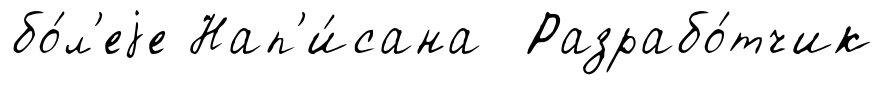
бо́л'еjе Нап'и́сана Разрабо́тчик